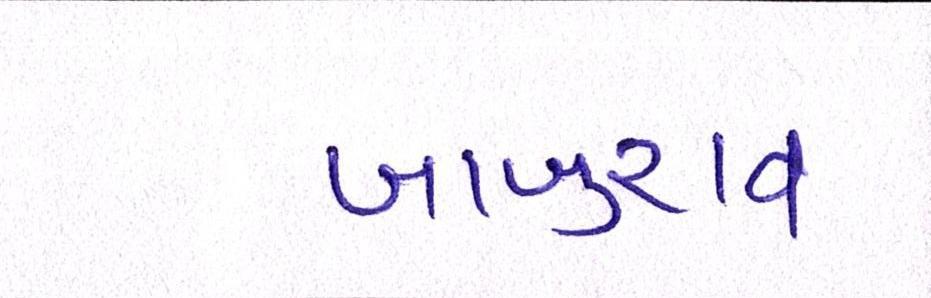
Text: બાબુરાવ